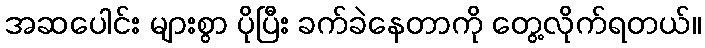
အဆပေါင်း များစွာ ပိုပြီး ခက်ခဲနေတာကို တွေ့လိုက်ရတယ်။